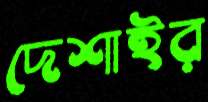
দেশাইর